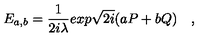
E _ { a , b } = { \frac { 1 } { 2 i \lambda } } e x p \sqrt { 2 i } ( a P + b Q ) \quad ,